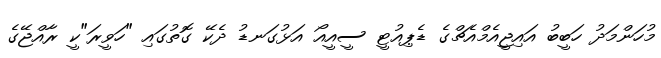
މުހަންމަދު ހަބީބު އައިޖީއެމްއެޗްގެ ޑެޕިއުޓީ ސީއީއޯ އަޅުގަނޑު ދެކޭ ގޮތުގައި "ހަވީރަ"ކީ ރާއްޖޭގެ